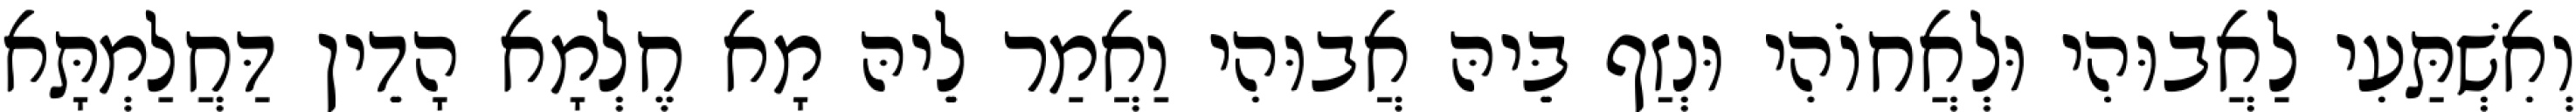
וְאִשְׁתַּעִי לַאֲבוּהִי וּלְאֲחוֹהִי וּנְזַף בֵּיהּ אֲבוּהִי וַאֲמַר לֵיהּ מָא חֶלְמָא הָדֵין דַּחֲלַמְתָּא